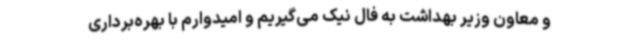
و معاون وزیر بهداشت به فال نیک می‌گیریم و امیدوارم با بهره‌برداری